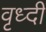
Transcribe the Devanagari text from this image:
वृध्दी